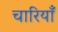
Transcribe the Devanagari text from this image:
चारियाँ